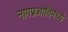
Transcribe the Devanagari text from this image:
नागप्रजातिमध्ये